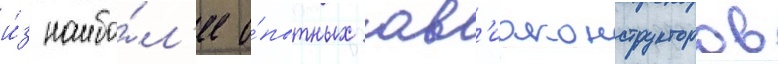
и́з наибо́л'ее о́пытных ав'иаконструкторов